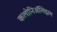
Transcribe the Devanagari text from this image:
कलोनिॲलिझम